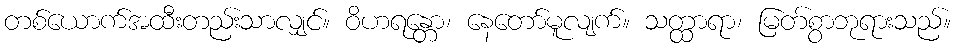
တစ်ယောက်အထီးတည်းသာလျှင်။ ဝိဟရန္တော၊ နေတော်မူလျက်။ သတ္ထာရာ၊ မြတ်စွာဘုရားသည်။